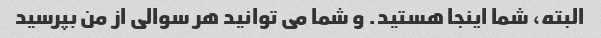
البته، شما اینجا هستید. و شما می توانید هر سوالی از من بپرسید